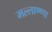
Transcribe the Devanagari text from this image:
मल्लाण्णा